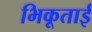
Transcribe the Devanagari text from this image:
भिकूताई